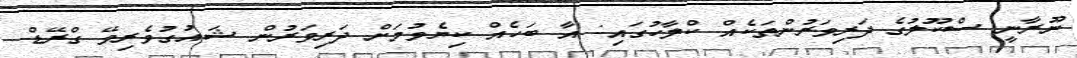
ނޫރާނީ ސްކޫލުގެ ދަރިވަރުންތަކެއް ކްލާހުގައި: އާ ބަހެއް ކިޔެވުމަށް ދަރިވަރުން ޝައުގުވެރިވޭ ގްރޭޑް